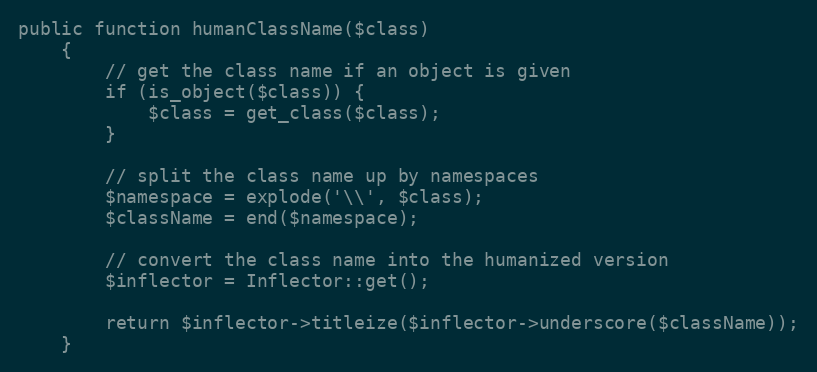
Language: PHP
public function humanClassName($class)
    {
        // get the class name if an object is given
        if (is_object($class)) {
            $class = get_class($class);
        }

        // split the class name up by namespaces
        $namespace = explode('\\', $class);
        $className = end($namespace);

        // convert the class name into the humanized version
        $inflector = Inflector::get();

        return $inflector->titleize($inflector->underscore($className));
    }